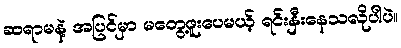
ဆရာမနဲ့ အပြင်မှာ မတွေ့ဖူးပေမယ့် ရင်းနှီးနေသလိုပါပဲ။